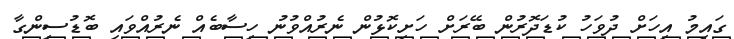
ގައިމު އިހަށް ދުވަހު ކުޑަދޮރުން ބޭރަށް ހަށިކޮޅުން ނެރުއްވުނު ހިސާބެއް ނެރުއްވައި ބޮޑުސިންގާ